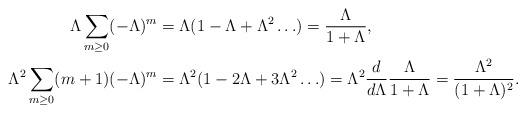
LaTeX: \begin{align*} \Lambda\sum_{m\geq 0}(-\Lambda)^m&=\Lambda(1-\Lambda+\Lambda^2 \ldots )=\frac{\Lambda}{1+\Lambda},\\\Lambda^2\sum_{m\geq 0}(m+1)(-\Lambda)^m&=\Lambda^2(1-2\Lambda+3\Lambda^2\ldots )=\Lambda^2 \frac{d}{d\Lambda}\frac{\Lambda}{1+\Lambda}=\frac{\Lambda^2}{(1+\Lambda)^2} .\end{align*}